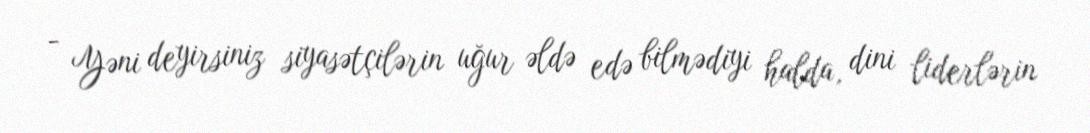
- Yəni deyirsiniz siyasətçilərin uğur əldə edə bilmədiyi halda, dini liderlərin